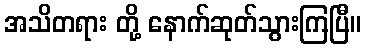
အသိတရား တို့ နောက်ဆုတ်သွားကြပြီ။